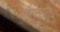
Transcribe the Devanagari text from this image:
अनंतशाई